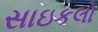
સાઇકલો